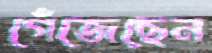
গেঁজেছেন